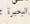
اليصير